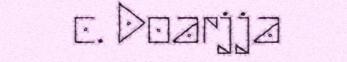
c. Doarjja